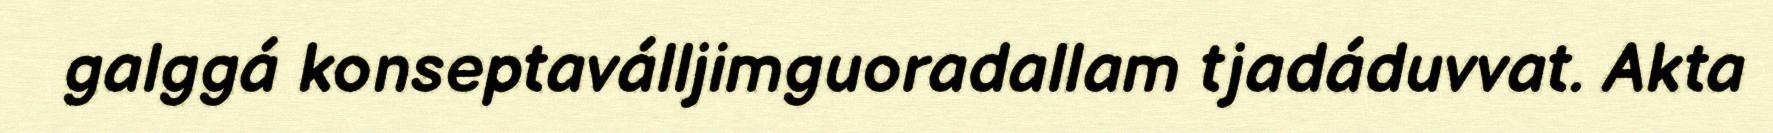
galggá konseptaválljimguoradallam tjadáduvvat. Akta